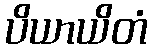
ပိယာယိတံ